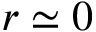
r \simeq 0